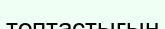
топтастығын